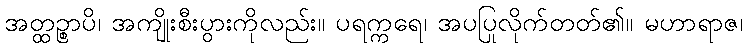
အတ္ထဉ္စာပိ၊ အကျိုးစီးပွားကိုလည်း။ ပရက္ကရေ၊ အပပြုလိုက်တတ်၏။ မဟာရာဇ၊